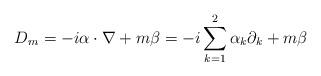
LaTeX: \begin{align*}D_m=-i\alpha \cdot \nabla +m\beta =-i \sum_{k=1}^{2}\alpha_k \partial_{k}+m\beta\end{align*}